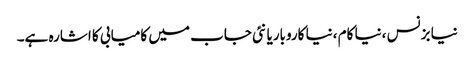
نیا بزنس ،نیا کام ،نیا کاروباریا نئی جاب میں کامیابی کا اشارہ ہے۔